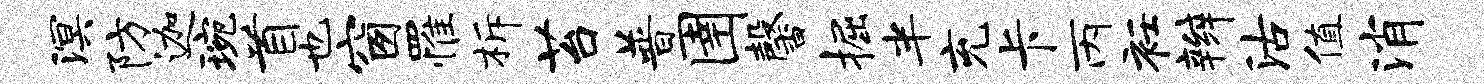
溟防迦琬首也窗罹柝苔普圉馨掘半充卡丙衽辫沽值消